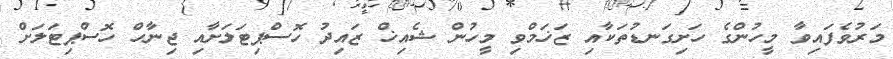
މަރުވެފައިވާ މީހުންގެ ހަށިގަނޑުތަކާއި ޒަޚަމްވި މީހުން ޝެއިޚް ޒައިދު ހޮސްޕިޓަލަށާއި ޖިނާހް ހޮސްޕިޓަލަށް